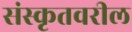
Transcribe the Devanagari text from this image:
संस्कृतवरील